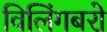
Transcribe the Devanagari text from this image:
विलिंगबरो